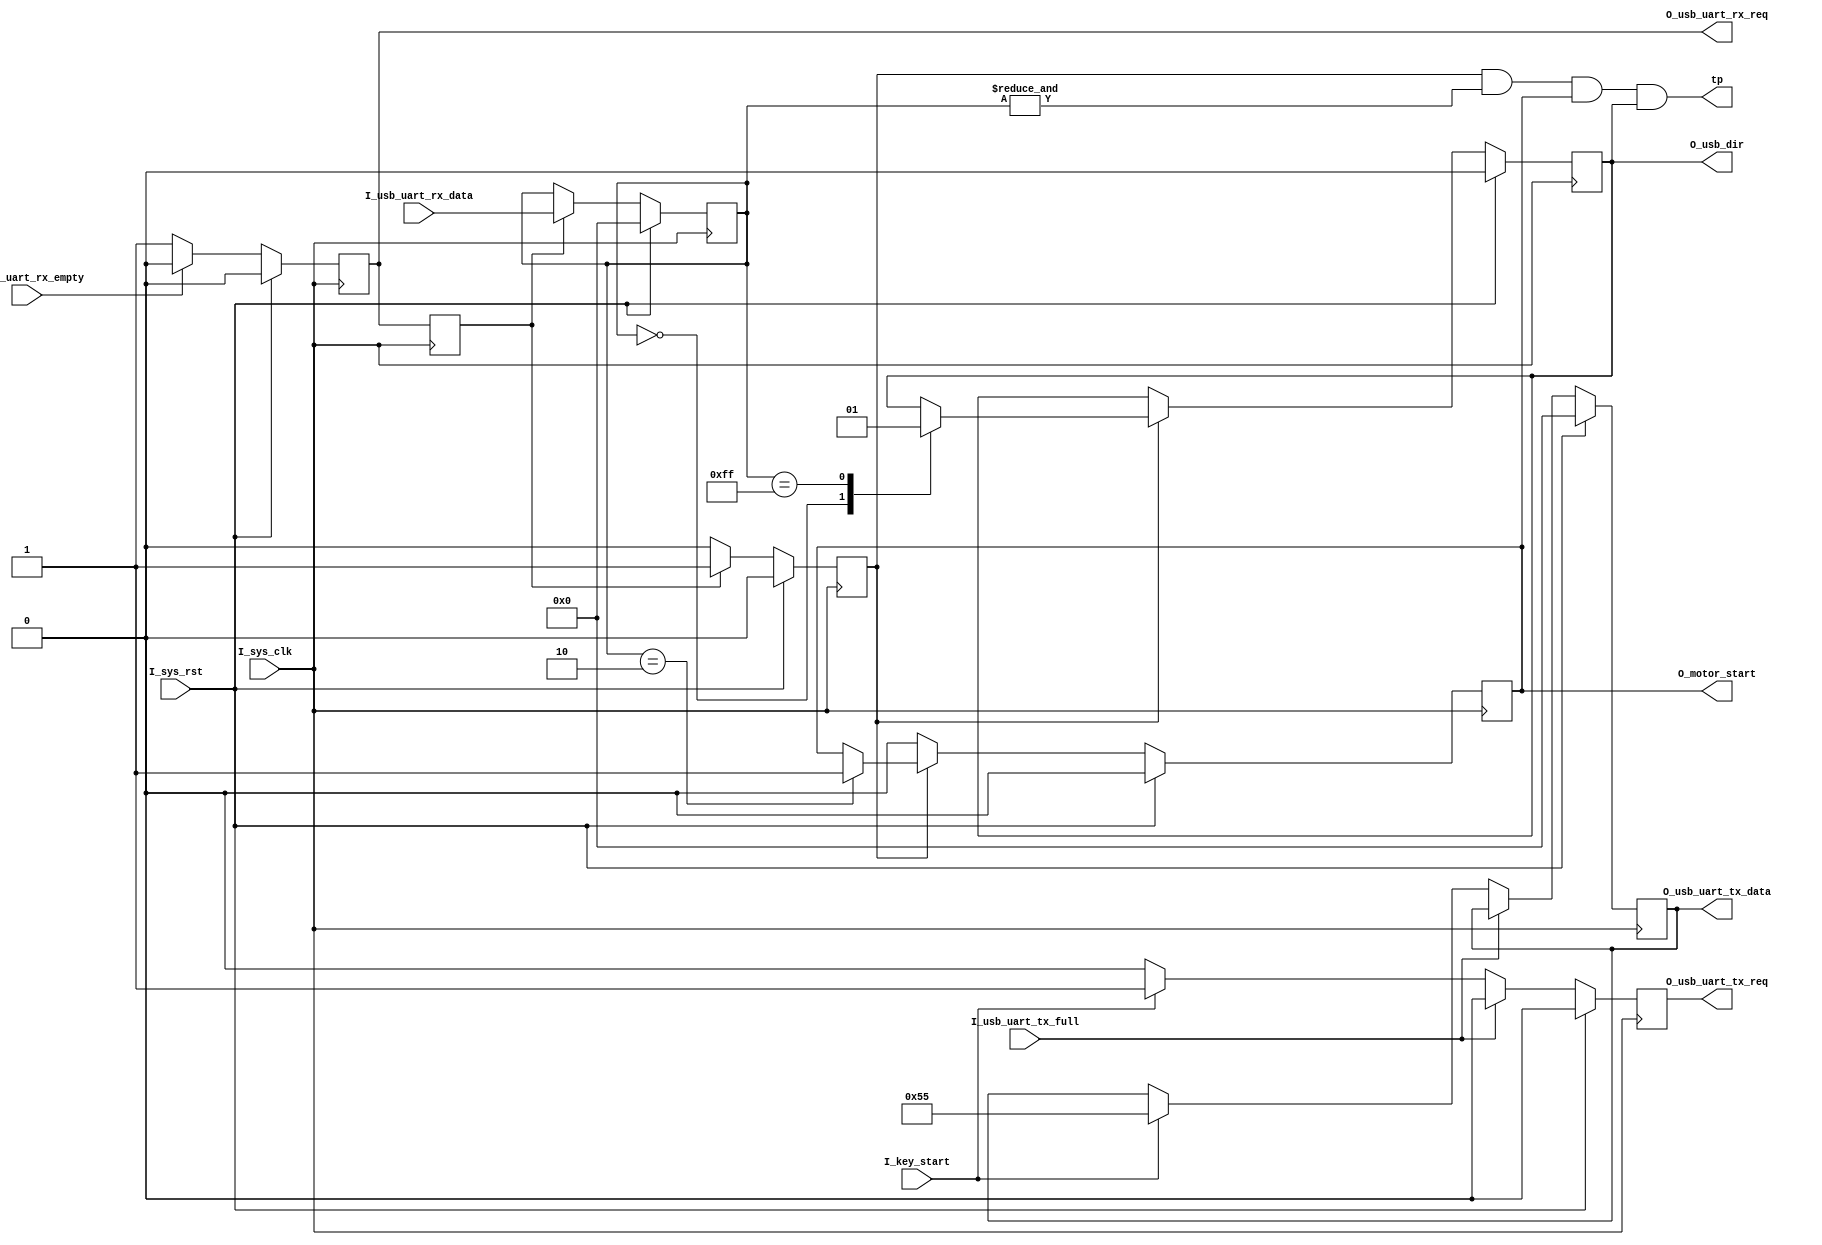
module register_ctrl_top(
    input                             I_sys_clk           , 
    input                             I_sys_rst           ,
    //=====================System usb_uart_if=========================== 
    output                            O_usb_uart_tx_req   ,
    output   [7 : 0]                  O_usb_uart_tx_data  ,
    input                             I_usb_uart_tx_full  ,
    
    output                            O_usb_uart_rx_req   ,
    input    [7 : 0]                  I_usb_uart_rx_data  ,
    input                             I_usb_uart_rx_empty ,    
    //==================================================================
    output                            O_usb_dir           ,
	 
    output                            O_motor_start       ,
    
    output                            tp                  ,
	 
    input                             I_key_start
);
//=======================================================================
reg                                   R_usb_uart_rx_req     ;
reg                                   R_usb_uart_rx_req_d1  ;

reg                                   R_tx_en       ;
reg          [7 : 0]                  R_tx_data     ;

reg                                   R_rx_en       ;
reg          [7 : 0]                  R_rx_data     ;

reg                                   R_usb_dir     ;

reg                                   R_motor_start ;

//=======================================================================

always@(posedge I_sys_clk)
begin
    if(I_sys_rst)
        begin
            R_usb_uart_rx_req     <= 1'd0     ;
        end
    else if(I_usb_uart_rx_empty == 1'b0)       //   if  has data .then  read 
        begin
            R_usb_uart_rx_req     <= 1'd1     ;
        end
    else
        begin
            R_usb_uart_rx_req     <= 1'd0     ;
        end
        
    //
    R_usb_uart_rx_req_d1          <= R_usb_uart_rx_req;
end




always@(posedge I_sys_clk)
begin
    if(I_sys_rst)
        begin
            R_rx_en       <= 1'd0   ;
            R_rx_data     <= 8'd0  ;
        end
    else if(R_usb_uart_rx_req_d1 == 1'b1)
        begin
            R_rx_en       <= 1'd1   ;
            R_rx_data     <= I_usb_uart_rx_data  ;
        end
    else
        begin
            R_rx_en       <= 1'd0   ;
        end
end





always@(posedge I_sys_clk)
begin
    if(I_sys_rst)
        begin
            R_tx_en       <= 1'd0   ;
            R_tx_data     <= 8'd0  ;
        end
    else if(I_usb_uart_tx_full==1'b0)           // not  full 
        begin
            if(I_key_start==1'b1)
                begin
                    R_tx_en       <= 1'b1  ;//R_rx_en;
                    R_tx_data     <= 8'h55 ;//R_rx_data;
                end
            else
                begin
                    R_tx_en       <= 1'b0  ;//R_rx_en;
                end
        end
    else
        begin
            R_tx_en       <= 1'b0  ;
        end
end 


 


always@(posedge I_sys_clk)
begin
    if(I_sys_rst)
        begin
            R_usb_dir       <= 1'd0;                    //
            R_motor_start   <= 1'b0;
        end
    else if(R_rx_en)
        begin
            case(R_rx_data)
                8'h00:
                    begin
                        R_usb_dir       <= 1'b0;      //wr TO USB 
                    end
                8'hff:
                    begin
                        R_usb_dir       <= 1'b1;     // rd  FROM  USB 
                    end
                8'h02:
                    begin
                        R_motor_start   <= 1'b1;    //  motor  
                    end
            endcase
        end
    else
        begin
            R_motor_start   <= 1'b0;
        end
        
end




assign O_usb_uart_rx_req   = R_usb_uart_rx_req;

assign O_usb_uart_tx_req   = R_tx_en  ;

assign O_usb_uart_tx_data  = R_tx_data;

assign O_usb_dir           = R_usb_dir  ;

assign O_motor_start       = R_motor_start;

assign  tp                 = R_rx_en & (&R_rx_data) & O_motor_start & O_usb_dir;




endmodule